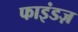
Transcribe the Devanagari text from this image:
फाइंडज़